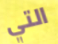
التي